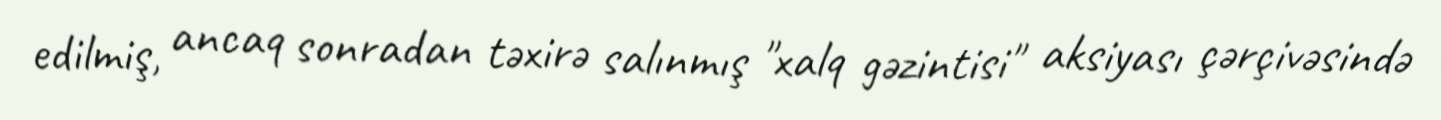
edilmiş, ancaq sonradan təxirə salınmış "xalq gəzintisi" aksiyası çərçivəsində